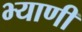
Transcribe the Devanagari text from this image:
भ्याणी